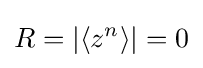
R=|\langle z^{n}\rangle |=0